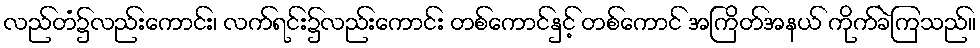
လည်တံ၌လည်းကောင်း၊ လက်ရင်း၌လည်းကောင်း တစ်ကောင်နှင့် တစ်ကောင် အကြိတ်အနယ် ကိုက်ခဲကြသည်။